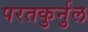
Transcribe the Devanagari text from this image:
परतकुर्नुल